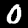
Label: 0